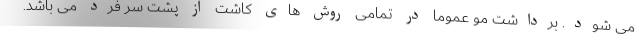
می شود. برداشت مو عموما در تمامی روش های کاشت از پشت سر فرد می باشد.